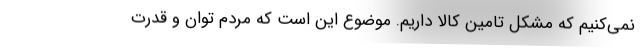
نمی‌کنیم که مشکل تامین کالا داریم. موضوع این است که مردم توان و قدرت